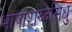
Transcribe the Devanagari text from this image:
भाषाशब्दसिंधु